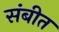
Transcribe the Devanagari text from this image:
संबीत